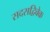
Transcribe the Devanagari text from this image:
सदसद्विवेक